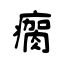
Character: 瘸